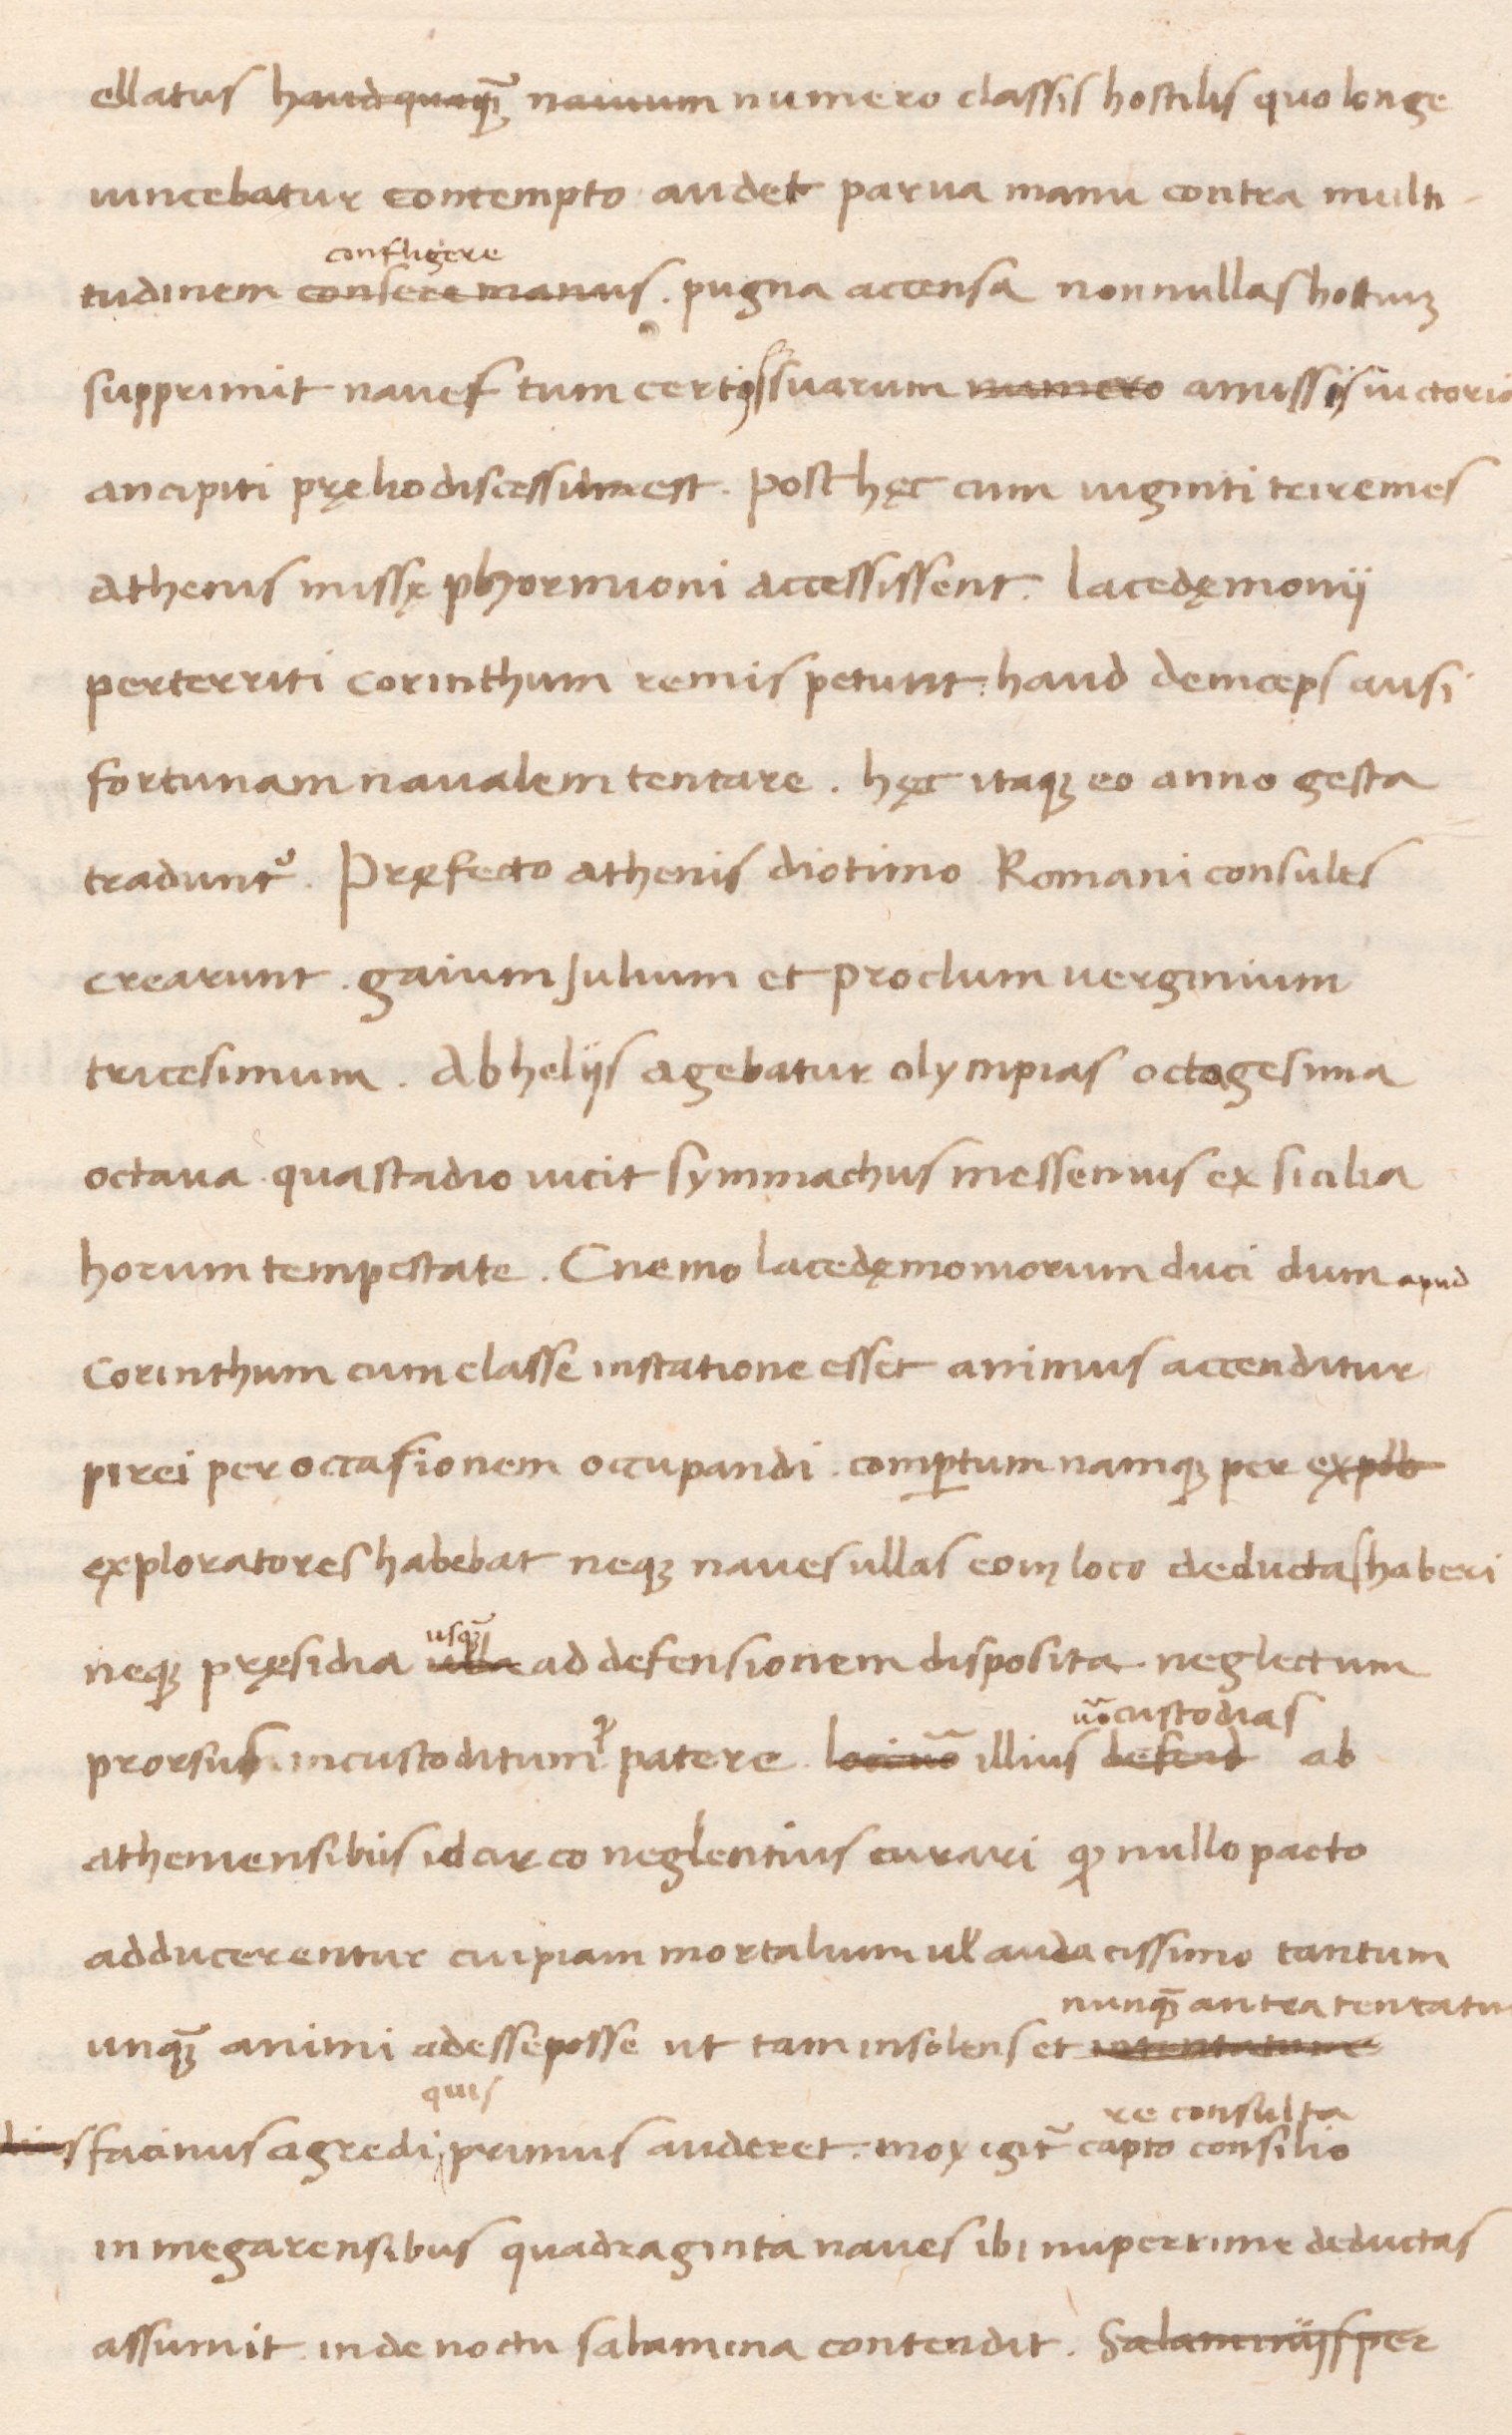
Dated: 1438–1468